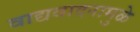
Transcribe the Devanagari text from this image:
वाद्यवादनामुळे